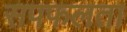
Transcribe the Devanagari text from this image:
सपफलता